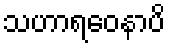
သဟာရဝေနာပိ